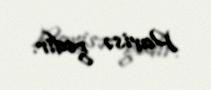
Parisə gedir.